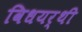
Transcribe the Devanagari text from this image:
विधयर्थी